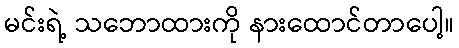
မင်းရဲ့ သဘောထားကို နားထောင်တာပေါ့။